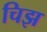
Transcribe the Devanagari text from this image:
चिझ